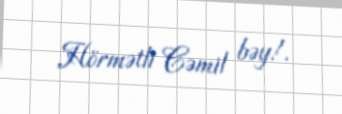
Hörmətli Cəmil bəy!.